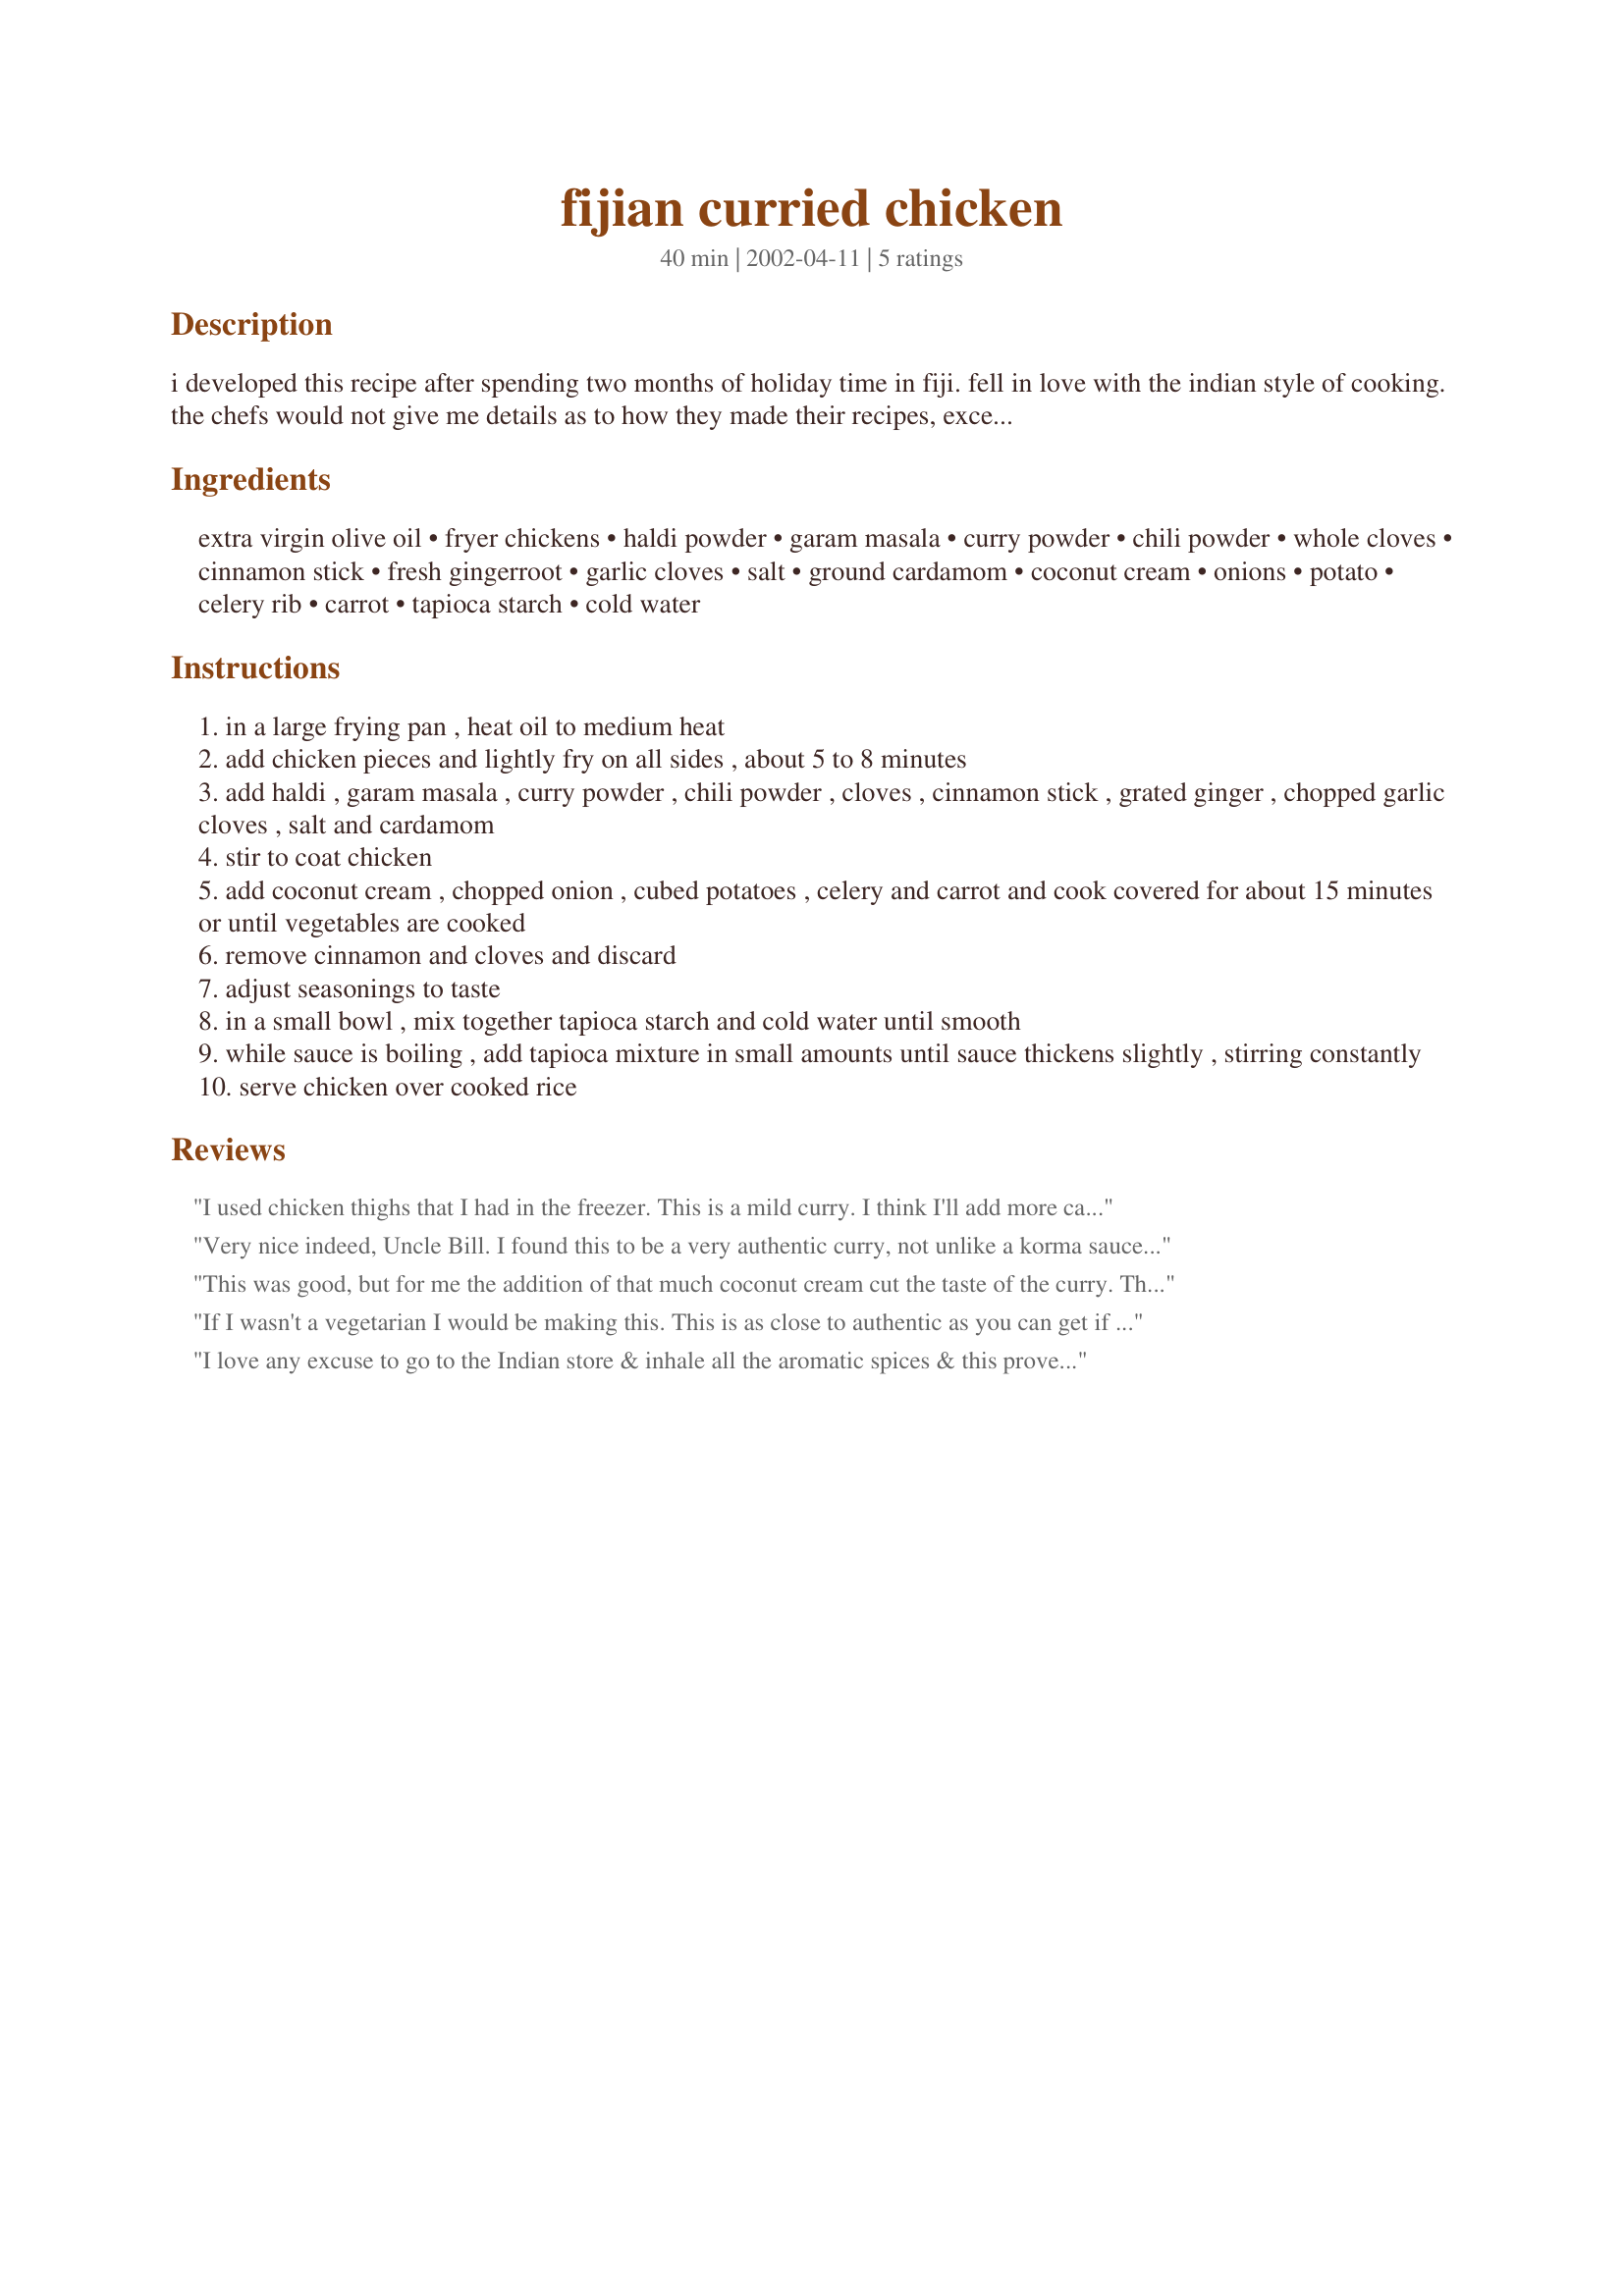
fijian curried chicken
Preparation time: 40 minutes

i developed this recipe after spending two months of holiday time in fiji. fell in love with the indian style of cooking. the chefs would not give me details as to how they made their recipes, except to tell me, add a little of this and a little of that to suit your taste. this recipe is not overpowering and has a delightful flavor.

Ingredients:
extra virgin olive oil, fryer chickens, haldi powder, garam masala, curry powder, chili powder, whole cloves, cinnamon stick, fresh gingerroot, garlic cloves, salt, ground cardamom, coconut cream, onions, potato, celery rib, carrot, tapioca starch, cold water

Steps:
in a large frying pan , heat oil to medium heat
add chicken pieces and lightly fry on all sides , about 5 to 8 minutes
add haldi , garam masala , curry powder , chili powder , cloves , cinnamon stick , grated ginger , chopped garlic cloves , salt and cardamom
stir to coat chicken
add coconut cream , chopped onion , cubed potatoes , celery and carrot and cook covered for about 15 minutes or until vegetables are cooked
remove cinnamon and cloves and discard
adjust seasonings to taste
in a small bowl , mix together tapioca starch and cold water until smooth
while sauce is boiling , add tapioca mixture in small amounts until sauce thickens slightly , stirring constantly
serve chicken over cooked rice

Reviews:
I used chicken thighs that I had in the freezer. This is a mild curry. I think I'll add more carrot next time. Great flavour!
Very nice indeed, Uncle Bill. I found this to be a very authentic curry, not unlike a korma sauce if you use a mild curry powder! I made it just slightly differently, by using cooked chicken pieces I had on hand (put in at the last minute). I also didn't need to add the tapioca at the end as the sauce thickened up nicely on its own. I served it with my Aromatic Rice, recipe #90126.
This was good, but for me the addition of that much coconut cream cut the taste of the curry. This would be a good recipe for people who do not like "hot" curry.
If I wasn't a vegetarian I would be making this. This is as close to authentic as you can get if you are not in Fiji. I have quite a few Fijian friends and this is pretty typical of the style.
I love any excuse to go to the Indian store & inhale all the aromatic spices & this proved the perfect excuse as I was out of one of the spices. This tasted just as good as I thought it would. However, next time I'll make it with chicken breast fillets.
